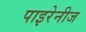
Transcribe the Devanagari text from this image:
पाइरेनीज